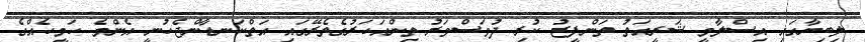
ލިބިޔާގައި އިސްލާމީ ޝަރީއަތު ތަންފީޒު ކުރި ދުވަސްވަރު ތިންއަހަރުގެތެރޭގައި އަތްކަނޑާންޖެހުނީ އެންމެ ހަމީހެއްގެ